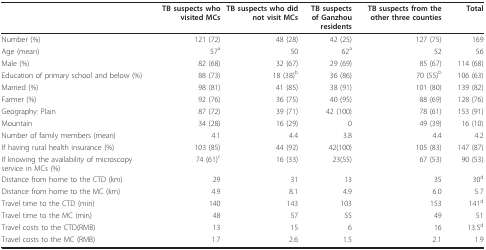
|  | TB suspects who visited MCs | TB suspects who did not visit MCs | TB suspects of Ganzhou residents | TB suspects from the other three counties | Total |
 | --- | --- | --- | --- | --- | --- |
 | Number (%) | 121 (72) | 48 (28) | 42 (25) | 127 (75) | 169 |
 | Age (mean) | 57a | 50 | 62a | 52 | 56 |
 | Male (%) | 82 (68) | 32 (67) | 29 (69) | 85 (67) | 114 (68) |
 | Education of primary school and below (%) | 88 (73) | 18 (38)b | 36 (86) | 70 (55)b | 106 (63) |
 | Married (%) | 98 (81) | 41 (85) | 38 (91) | 101 (80) | 139 (82) |
 | Farmer (%) | 92 (76) | 36 (75) | 40 (95) | 88 (69) | 128 (76) |
 | Geography: Plain | 87 (72) | 39 (71) | 42 (100) | 78 (61) | 153 (91) |
 | Mountain | 34 (28) | 16 (29) | 0 | 49 (39) | 16 (10) |
 | Number of family members (mean) | 4.1 | 4.4 | 3.8 | 4.4 | 4.2 |
 | If having rural health insurance (%) | 103 (85) | 44 (92) | 42(100) | 105 (83) | 147 (87) |
 | If knowing the availability of microscopy service in MCs (%) | 74 (61)c | 16 (33) | 23(55) | 67 (53) | 90 (53) |
 | Distance from home to the CTD (km) | 29 | 31 | 13 | 35 | 30d |
 | Distance from home to the MC (km) | 4.9 | 8.1 | 4.9 | 6.0 | 5.7 |
 | Travel time to the CTD (min) | 140 | 143 | 103 | 153 | 141d |
 | Travel time to the MC (min) | 48 | 57 | 55 | 49 | 51 |
 | Travel costs to the CTD(RMB) | 13 | 15 | 6 | 16 | 13.5d |
 | Travel costs to the MC (RMB) | 1.7 | 2.6 | 1.5 | 2.1 | 1.9 |